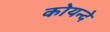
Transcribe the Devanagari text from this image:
कोयन्दे